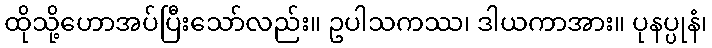
ထိုသို့ဟောအပ်ပြီးသော်လည်း။ ဥပါသကဿ၊ ဒါယကာအား။ ပုနပ္ပုနံ၊